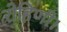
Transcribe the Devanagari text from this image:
रोहिणी।